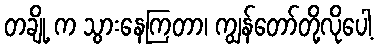
တချို့ က သွားနေကြတာ၊ ကျွန်တော်တို့လိုပေါ့